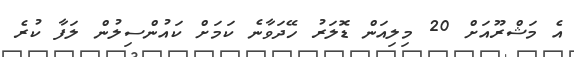
އެ މަޝްރޫއަށް 20 މިލިއަން ޑޮލަރު ހޭދަވާނެ ކަމަށް ކައުންސިލުން ލަފާ ކުރެ